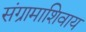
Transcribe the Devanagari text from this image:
संग्रामाशिवाय